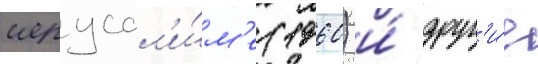
иерусал'и́м'е (1960) и́ друг'и́е